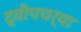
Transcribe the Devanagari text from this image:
द्वीपचर्या